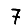
Digit: 7